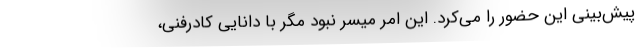
پیش‌بینی این حضور را می‌کرد. این امر میسر نبود مگر با دانایی کادرفنی،